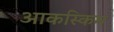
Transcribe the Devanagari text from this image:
आकस्किम